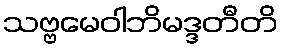
သဗ္ဗမေဝါဘိမဒ္ဒတီတိ